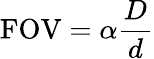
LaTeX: \mathrm{FOV}=\alpha{\frac{D}{d}}